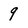
Character: 9